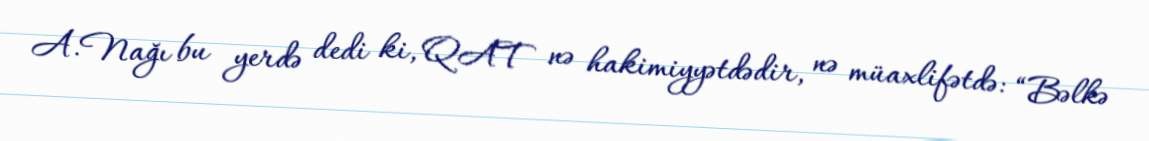
A.Nağı bu yerdə dedi ki, QAT nə hakimiyyətdədir, nə müaxlifətdə: “Bəlkə